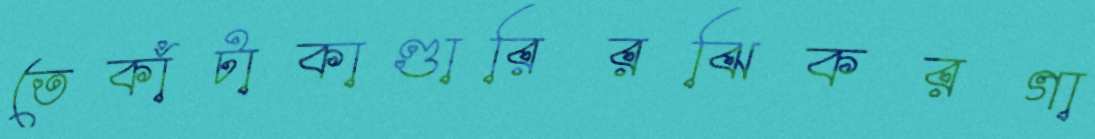
তেকাঁটাকাণ্ডারিরঝিকরগা